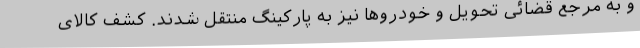
و به مرجع قضائی تحویل و خودروها نیز به پارکینگ منتقل شدند. کشف کالای